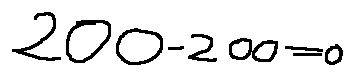
2 0 0 - 2 0 0 = 0